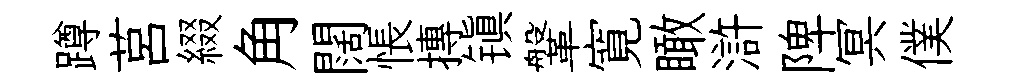
蹲莒綴角闊悵摶镇鞶寛瞰滸陴冥僕